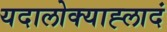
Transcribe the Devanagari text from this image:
यदालोक्याह्लादं